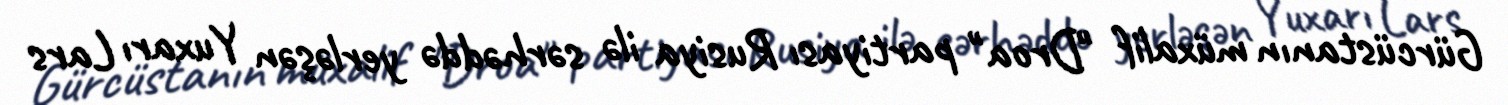
Gürcüstanın müxalif "Droa" partiyası Rusiya ilə sərhəddə yerləşən Yuxarı Lars